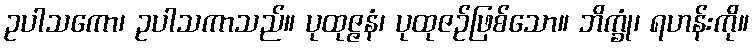
ဥပါသကော၊ ဥပါသကာသည်။ ပုထုဇ္ဇနံ၊ ပုထုဇဉ်ဖြစ်သော။ ဘိက္ခုံ၊ ရဟန်းကို။